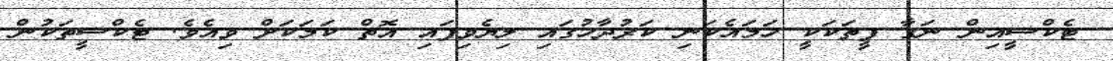
ޓެކްސީއިން ނަގާ ފީތަކަކީ ހަމައެކަނި ކަރުދާހުގައި ލިޔެވިފައި އޮތް ކަމަކަށް ވިއެވެ. ޓެކްސީތަކުން